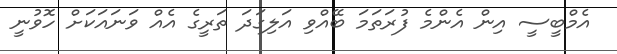
އެމްބީސީ އިން އެންމެ ފުރަތަމަ ބޭއްވި އަލިގަދަ ތަރީގެ އެއް ވަނައަކަށް ހޮވުނީ